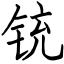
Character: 铳